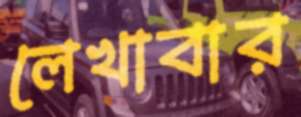
লেখাবার